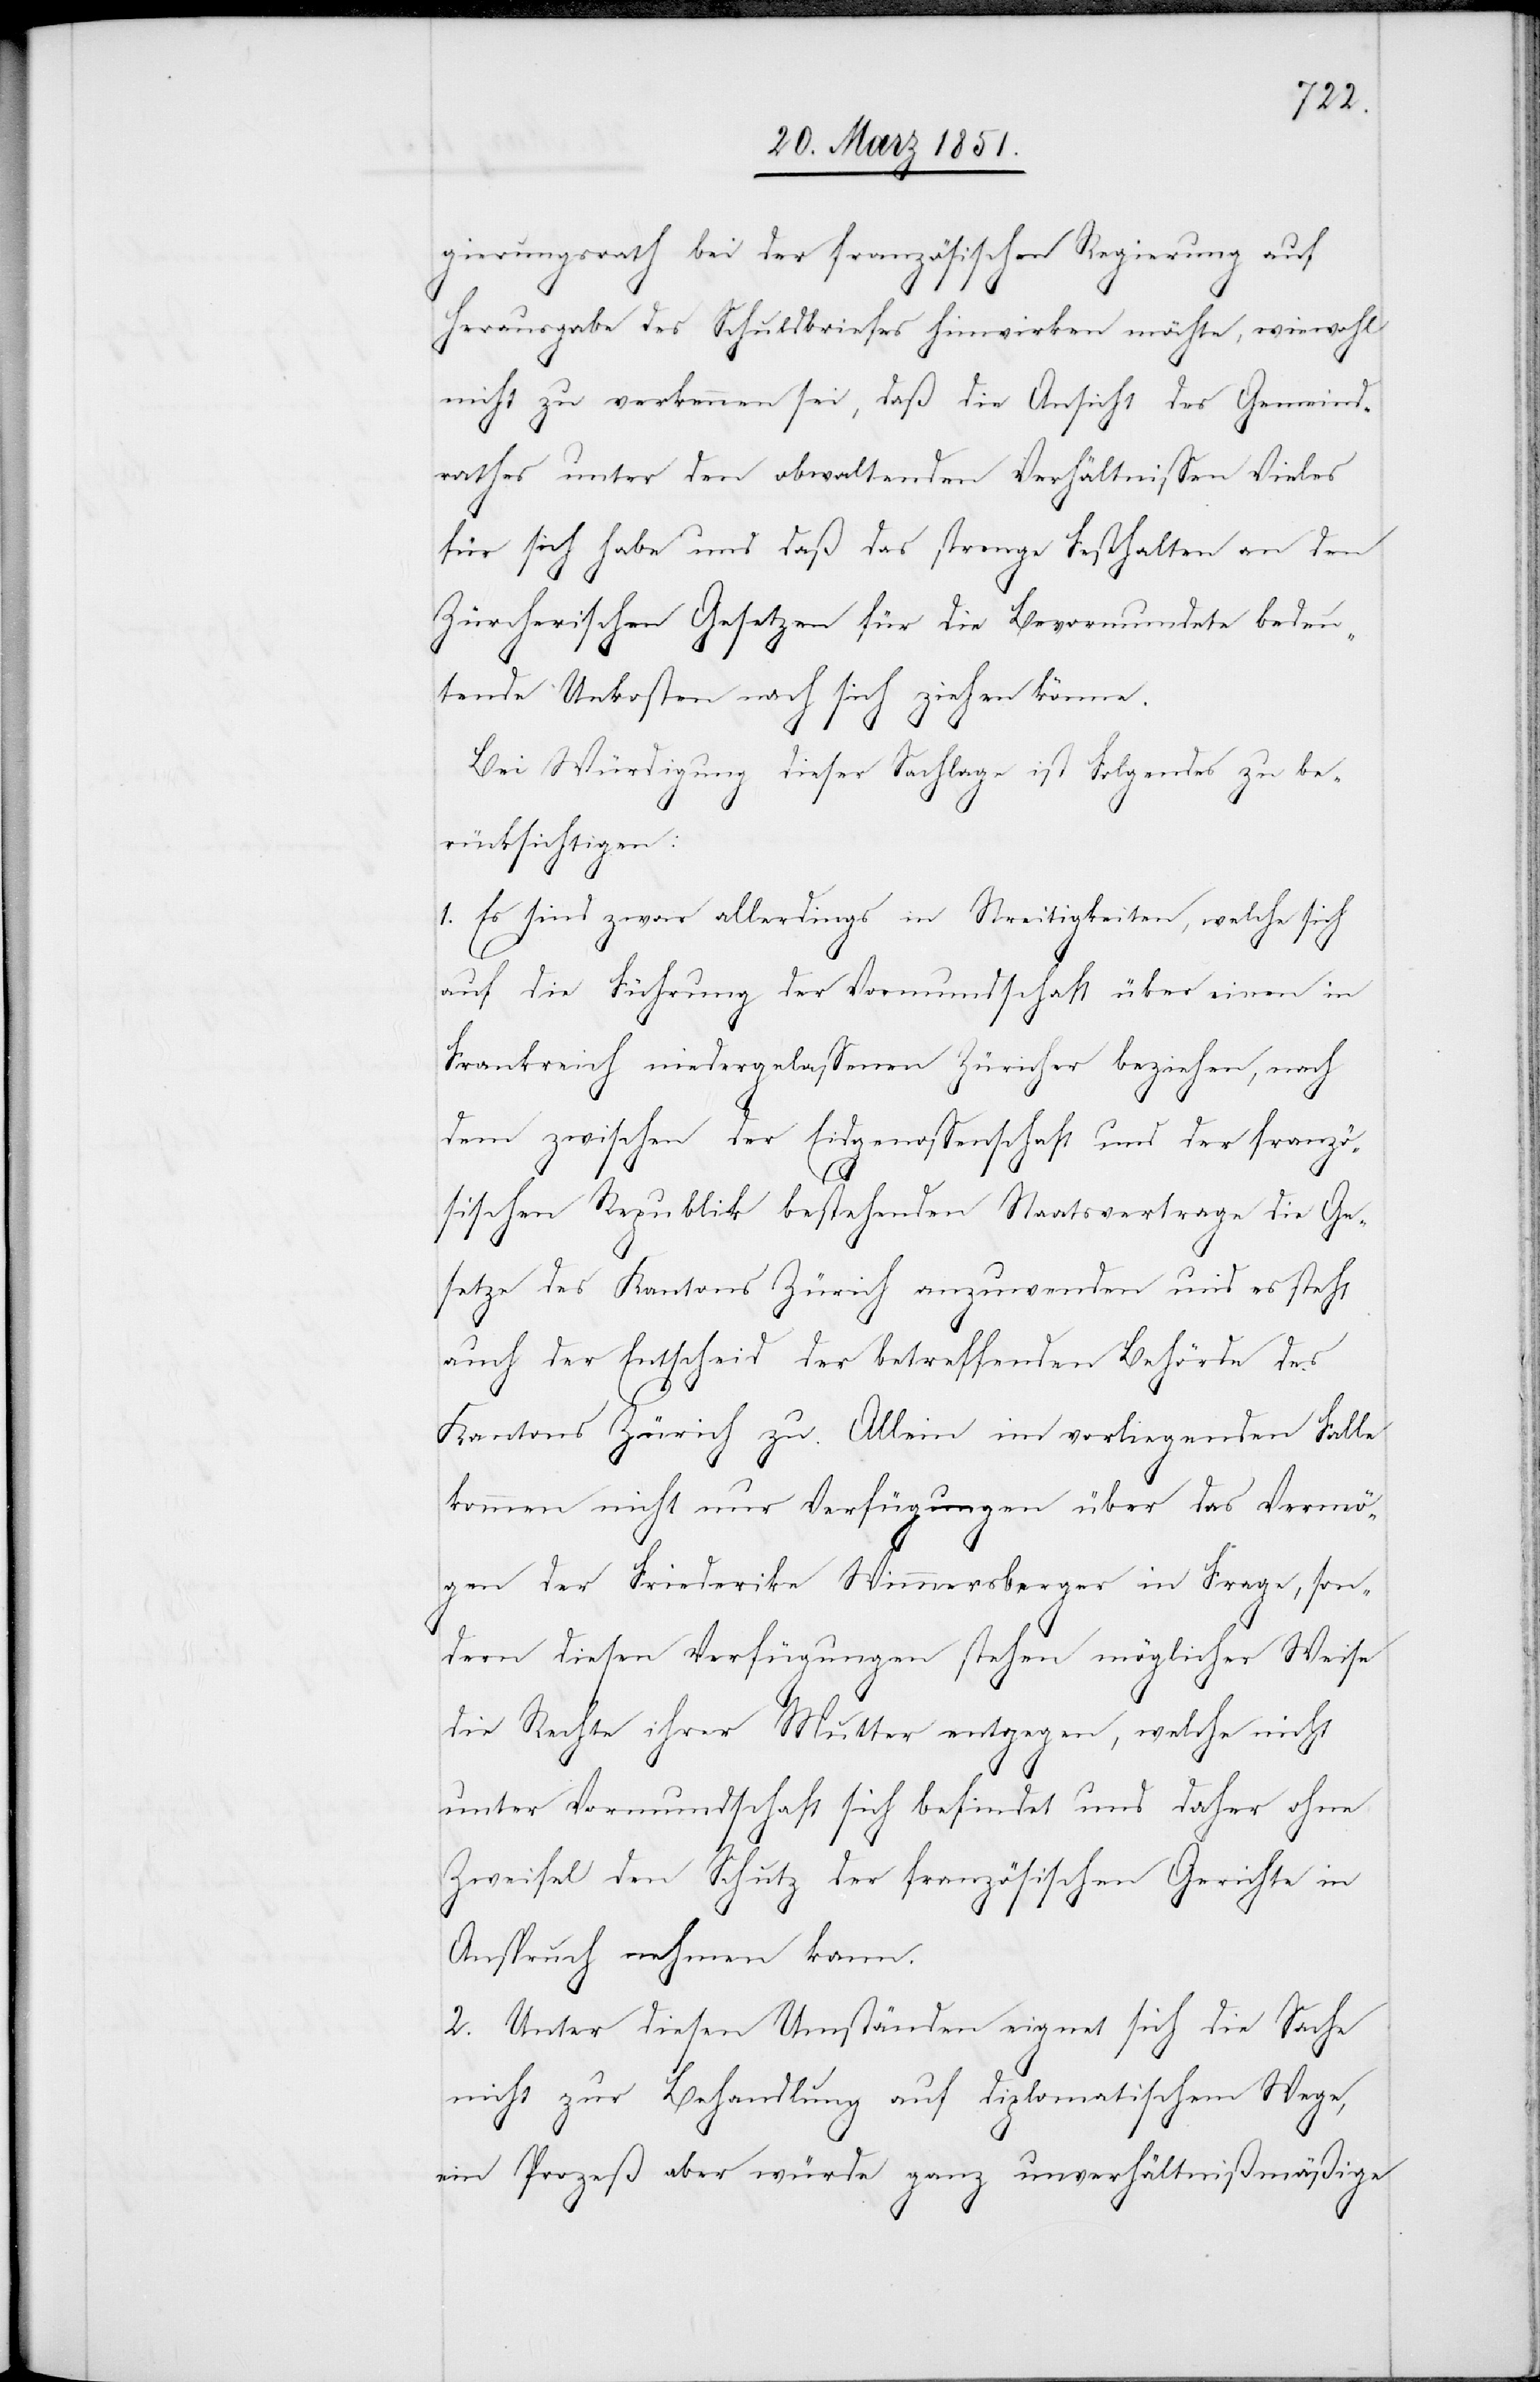
gierungsrath bei der französischen Regierung auf
Herausgabe des Schuldbriefes hinwirken möchte, wiewohl
nicht zu verkennen sei, daß die Ansicht des Gemeind¬
rathes unter den obwaltenden Verhältnissen Vieles
für sich habe und daß das strenge Festhalten an den
Zürcherischen Gesetzen für die Bevormundete bedeu¬
tende Unkosten nach sich ziehen könne.
Bei Würdigung dieser Sachlage ist Folgendes zu be¬
rücksichtigen:
1. Es sind zwar allerdings in Streitigkeiten, welche sich
auf die Führung der Vormundschaft über einen in
Frankreich niedergelassenen Züricher beziehen, nach
dem zwischen der Eidgenossenschaft und der franzö¬
sischen Republik bestehenden Staatsvertrage die Ge¬
setze des Kantons Zürich anzuwenden und es steht
auch der Entscheid der betreffenden Behörde des
Kantons Zürich zu. Allein im vorliegenden Falle
kommen nicht nur Verfügungen über das Vermö¬
gen der Friederike [sic!] Wimmersberger in Frage, son¬
dern diesen Verfügungen stehen möglicher Weise
die Rechte ihrer Mutter entgegen, welche nicht
unter Vormundschaft sich befindet und daher ohne
Zweifel den Schutz der französischen Gerichte in
Anspruch nehmen kann.
2. Unter diesen Umständen eignet sich die Sache
nicht zur Behandlung auf diplomatischem Wege,
ein Prozeß aber würde ganz unverhältnißmäßige